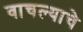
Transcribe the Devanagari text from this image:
वाचल्याचे